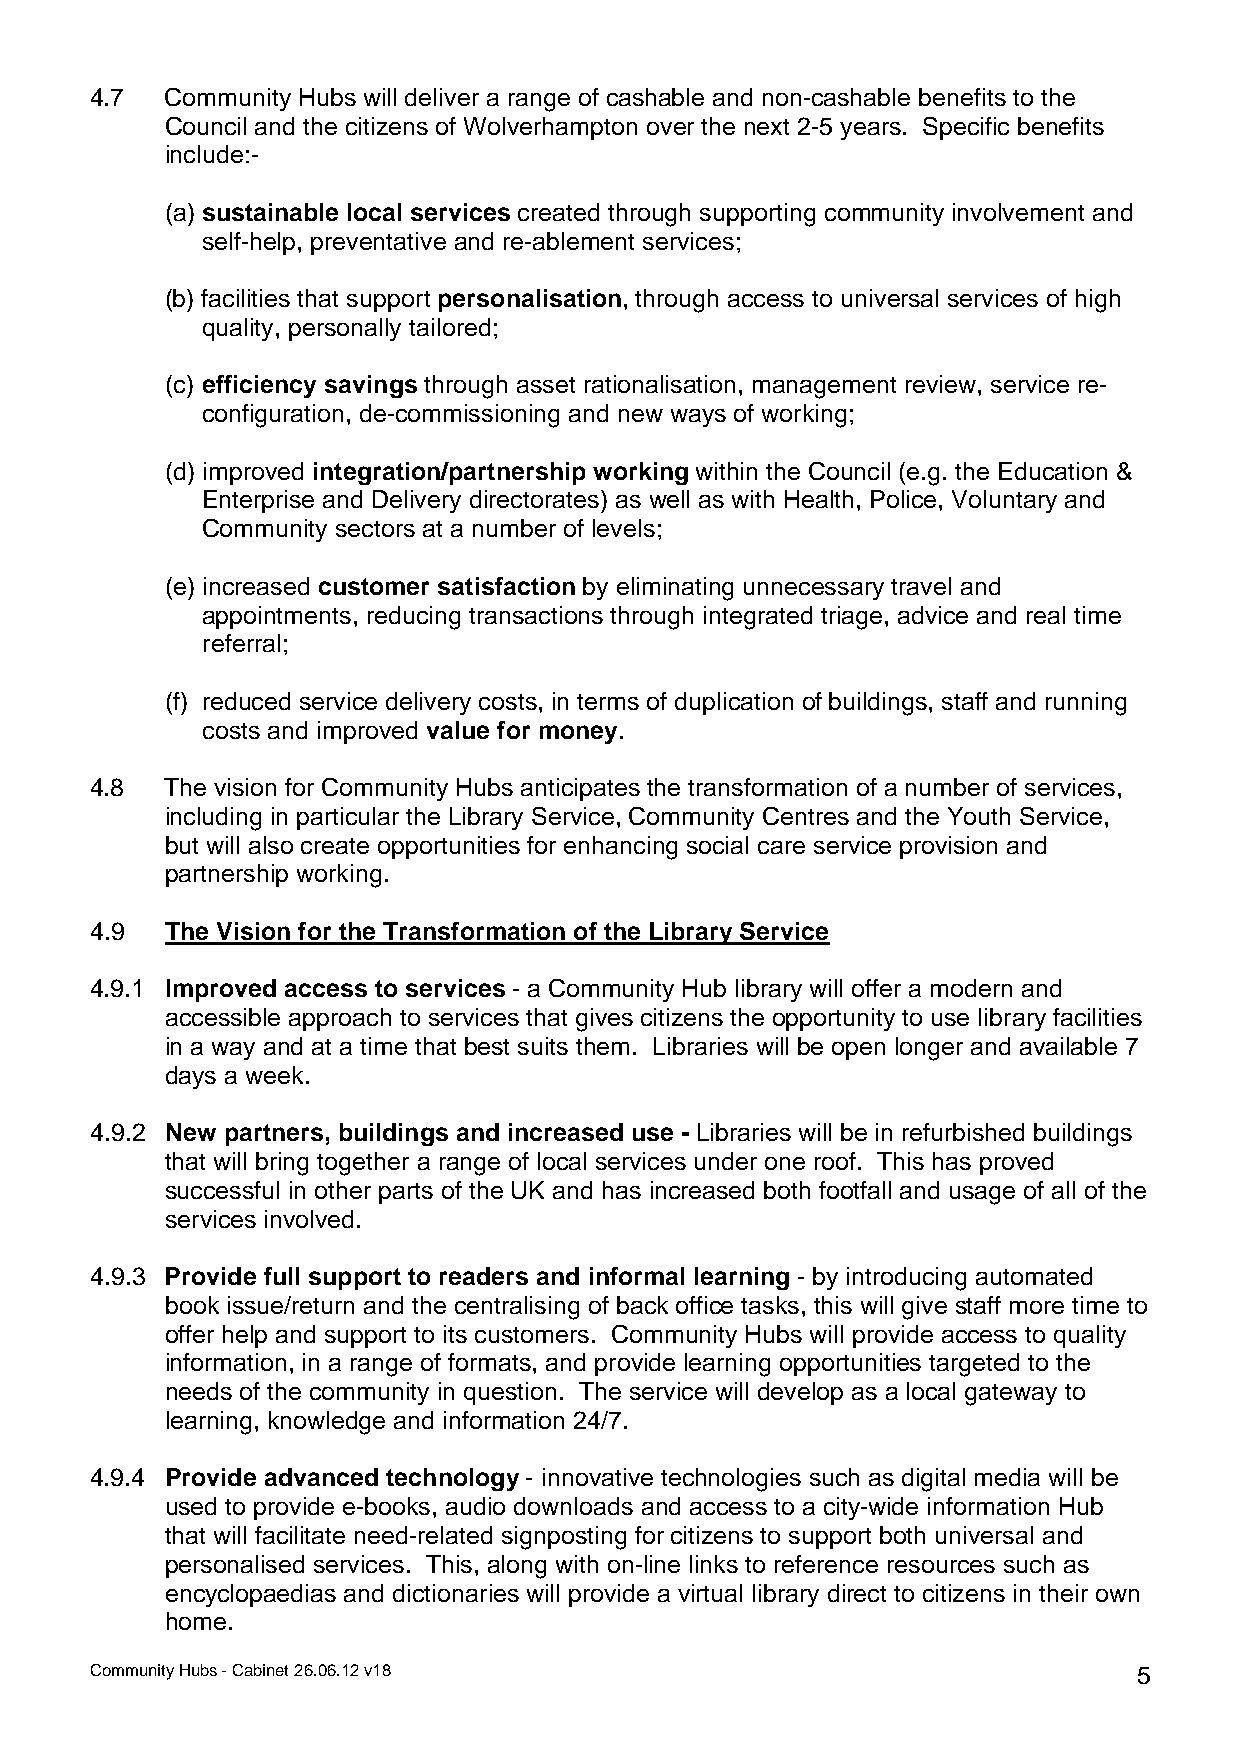
4.7  Community Hubs will deliver a range of cashable and non-cashable benefits to the
 Council and the citizens of Wolverhampton over the next 2-5 years. Specific benefits
 include:-
 (a) sustainable local services created through supporting community involvement and
 self-help, preventative and re-ablement services;
 (b) facilities that support personalisation, through access to universal services of high
 quality, personally tailored;
 (c) efficiency savings through asset rationalisation, management review, service re-
 configuration, de-commissioning and new ways of working;
 (d) improved integration/partnership working within the Council (e.g. the Education &
 Enterprise and Delivery directorates) as well as with Health, Police, Voluntary and
 Community sectors at a number of levels;
 (e) increased customer satisfaction by eliminating unnecessary travel and
 appointments, reducing transactions through integrated triage, advice and real time
 referral;
 (f) reduced service delivery costs, in terms of duplication of buildings, staff and running
 costs and improved value for money.
 4.8  The vision for Community Hubs anticipates the transformation of a number of services,
 including in particular the Library Service, Community Centres and the Youth Service,
 but will also create opportunities for enhancing social care service provision and
 partnership working.
 4.9  The Vision for the Transformation of the Library Service
 4.9.1 Improved access to services - a Community Hub library will offer a modern and
 accessible approach to services that gives citizens the opportunity to use library facilities
 in a way and at a time that best suits them. Libraries will be open longer and available 7
 days a week.
 4.9.2 New partners, buildings and increased use - Libraries will be in refurbished buildings
 that will bring together a range of local services under one roof. This has proved
 successful in other parts of the UK and has increased both footfall and usage of all of the
 services involved.
 4.9.3 Provide full support to readers and informal learning - by introducing automated
 book issue/return and the centralising of back office tasks, this will give staff more time to
 offer help and support to its customers. Community Hubs will provide access to quality
 information, in a range of formats, and provide learning opportunities targeted to the
 needs of the community in question. The service will develop as a local gateway to
 learning, knowledge and information 24/7.
 4.9.4 Provide advanced technology - innovative technologies such as digital media will be
 used to provide e-books, audio downloads and access to a city-wide information Hub
 that will facilitate need-related signposting for citizens to support both universal and
 personalised services. This, along with on-line links to reference resources such as
 encyclopaedias and dictionaries will provide a virtual library direct to citizens in their own
 home.
 Community Hubs - Cabinet 26.06.12 v18                                5